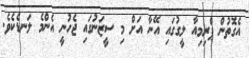
އެގޮތުން ޕްރިމިއާ ލީގުގައި އޭނާ އަށް މި ސީޒަނުގައި ޖެހުނީ އެންމެ ލަނޑެކެވެ.